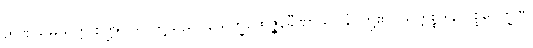
ဉာဏသမ္ပယုတ္တ စိတ္တုပ္ပါဒါ၊ တို့သည်။ သေက္ခပုထုဇ္ဇနခီဏာသဝါနံ၊ တို့၏။ သက္ကစ္စဒါန ပစ္စဝေက္ခဏ